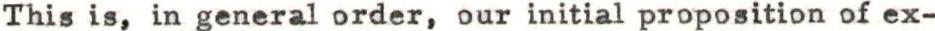
This is, in general order, our initial proposition of ex-